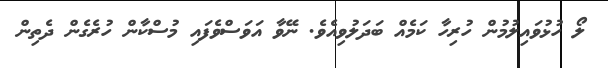
ލޯ ހުޅުވައިލުމުން ހުރިހާ ކަމެއް ބަދަލުވިއެވެ. ނޭވާ އަވަސްވެފައި މުސްކާން ހުރެގެން ދެތިން